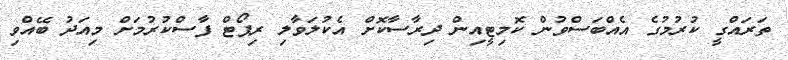
ތަރައްގީ ކުރުމުގެ އެއްބަސްވުން ކޮމިޓީއިން ދިރާސާކޮށް އެކުލަވާލި ރިޕޯޓް ފާސްކުރުމަށް މިއަދު ބޭއްވި